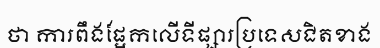
ថា ការពឹងផ្អែកលើទីផ្សារប្រទេសជិតខាង